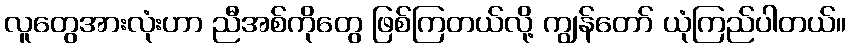
လူတွေအားလုံးဟာ ညီအစ်ကိုတွေ ဖြစ်ကြတယ်လို့ ကျွန်တော် ယုံကြည်ပါတယ်။